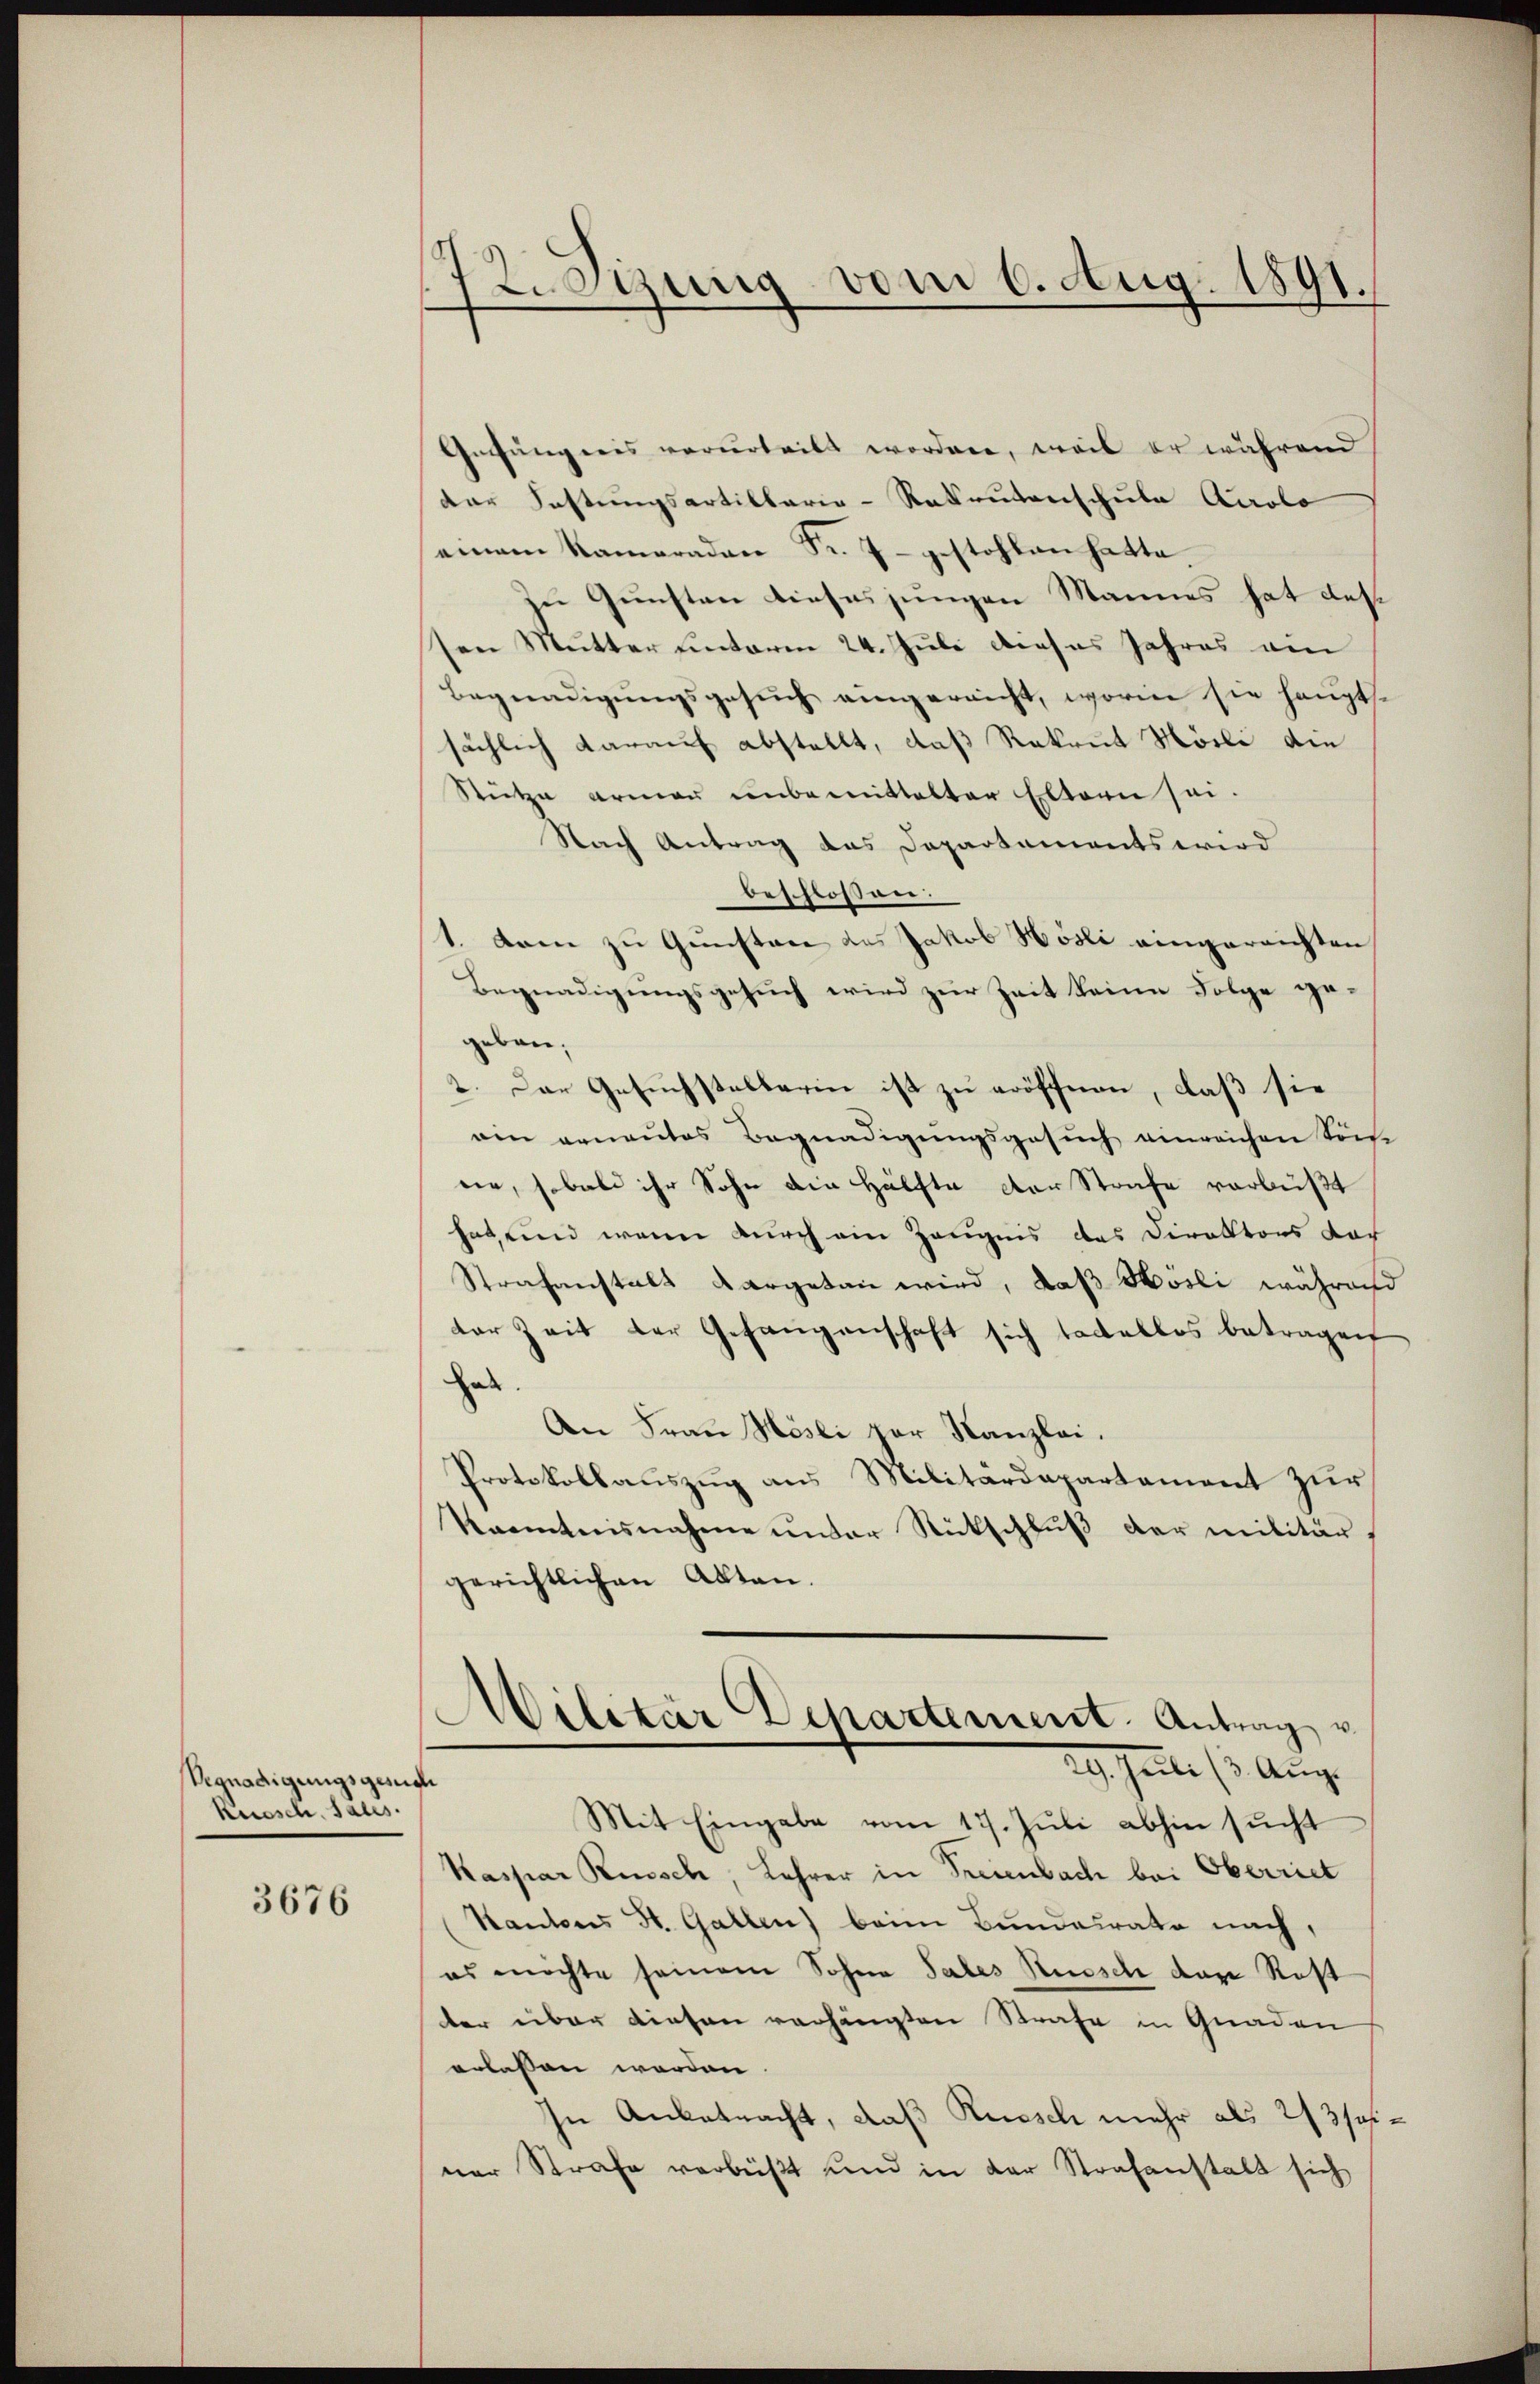
Vegnadigungsgerich
Kuosch, Sales.

3676

Legung vom 6. Aug. 1891.

Gesängeris verurteilt worden, weil er während
dar Festungsartillarie-Rekrutenschule Airolo
einem Kameraden Fr. 7. gestohlen hatte.
zu Gunsten dieses jungen Mannes hat desten Mutter unterm 24. Juli dieses Jahres am
Begnadigungsgesuch eingereicht, worin sie hauptsächlich darauf abstellt, daß Rekrut Hösli die
Rütze armen unbemittelter Eltern sei.
Nach Antrag das Departements wird
beschlossen:
1. Dann zu Gunstane des Jakob Hösli eingerrichten
Begnadigungsgesuch wird zur Zeit keine Folge gegeben.
2. Der Gesuchstellerin ist zu eröffnen, daß sie
ain erneŭtes Begnadigŭngsgesŭch einreichen kön-
ne, sobald ihr Sohn die Hälfte der Strafe verbüßt
hat, und wenn durch ein Zeugnis das Direktors dar
Strafanstalt dargetan wird, daß Hösli während
der Zeit der Gefangenschaft sich tadellos betragen
hab
An Frau Mösli zur Kanzlei.
Protokollauszug aus Militärdepartement zur
Naemtnisnahme unter Rückschlŭβ der militär
gerichtlichen Akten.
Militar Departement. Antrag u.
29. Juli (3. Aug.
Mit Eingabe vom 17. Juli abhin sucht
Kaspar Rusch, Lehrer in Treienbach bei Oberriet
Kantons St. Gallen) beim Bundesrate nach,
es möchte seinem Sohne Sales Rusch das Rost
ter über diesen verhängten Strafe in Gnaden
erlassen worden.
In Anbetracht, daß Rüesch mehr als 2/3 seiner Strafe verbüßt und in der Strafanstalt sich